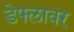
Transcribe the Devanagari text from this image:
डेफ्लावर